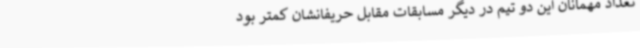
تعداد مهمانان این دو تیم در دیگر مسابقات مقابل حریفانشان کمتر بود